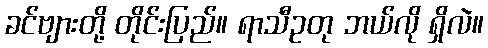
ခင်ဗျားတို့ တိုင်းပြည်။ ရာသီဥတု ဘယ်လို ရှိလဲ။